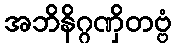
အဘိနိဂ္ဂဏှိတဗ္ဗံ